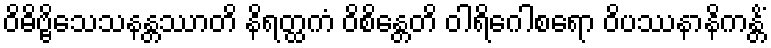
ဝိဓိဗ္ဗိသေသနန္တဿာတိ နိရတ္ထကံ ဝိစိန္တေတိ ဝါရိဂေါစရော ဝိပဿနာနိကန္တိံ